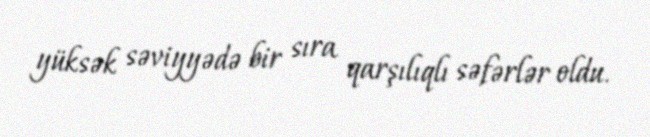
yüksək səviyyədə bir sıra qarşılıqlı səfərlər oldu.